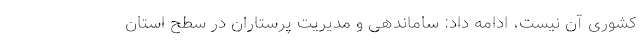
کشوری آن نیست، ادامه داد: ساماندهی و مدیریت پرستاران در سطح استان